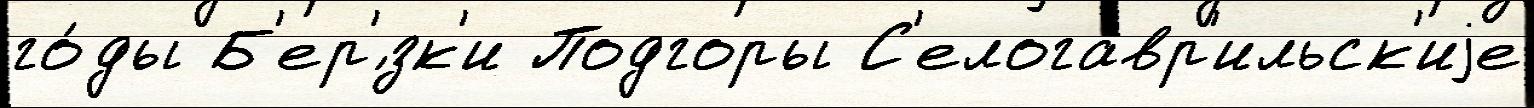
го́ды Б'ер'́зк'и Подгоры С'елогавр'ильск'иjе